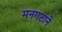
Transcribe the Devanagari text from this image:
मनगटाने